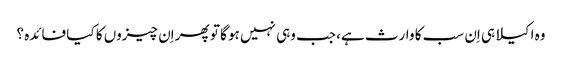
وہ اکیلا ہی اِن سب کا وارث ہے، جب وہی نہیں ہو گا تو پھر اِن چیزوں کا کیا فائدہ ؟